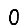
Digit: 0